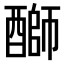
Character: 𫑺